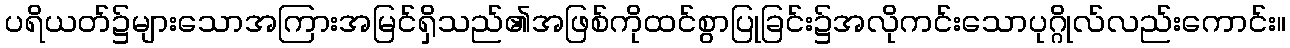
ပရိယတ်၌များသောအကြားအမြင်ရှိသည်၏အဖြစ်ကိုထင်စွာပြုခြင်း၌အလိုကင်းသောပုဂ္ဂိုလ်လည်းကောင်း။